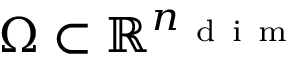
\Omega \subset \mathbb { R } ^ { n _ { \mathrm { ~ d ~ i ~ m ~ } } }